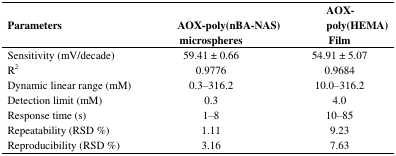
<table><thead><tr><td><b>Parameters</b></td><td><b>AOX-poly(nBA-NAS) microspheres</b></td><td><b>AOX-poly(HEMA) Film</b></td></tr></thead><tbody><tr><td>Sensitivity (mV/decade)</td><td>59.41 ± 0.66</td><td>54.91 ± 5.07</td></tr><tr><td>R<sup>2</sup></td><td>0.9776</td><td>0.9684</td></tr><tr><td>Dynamic linear range (mM)</td><td>0.3–316.2</td><td>10.0–316.2</td></tr><tr><td>Detection limit (mM)</td><td>0.3</td><td>4.0</td></tr><tr><td>Response time (s)</td><td>1–8</td><td>10–85</td></tr><tr><td>Repeatability (RSD %)</td><td>1.11</td><td>9.23</td></tr><tr><td>Reproducibility (RSD %)</td><td>3.16</td><td>7.63</td></tr></tbody></table>